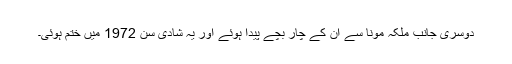
دوسری جانب ملکہ مونا سے اُن کے چار بچے پیدا ہوئے اور یہ شادی سن 1972 میں ختم ہوئی۔